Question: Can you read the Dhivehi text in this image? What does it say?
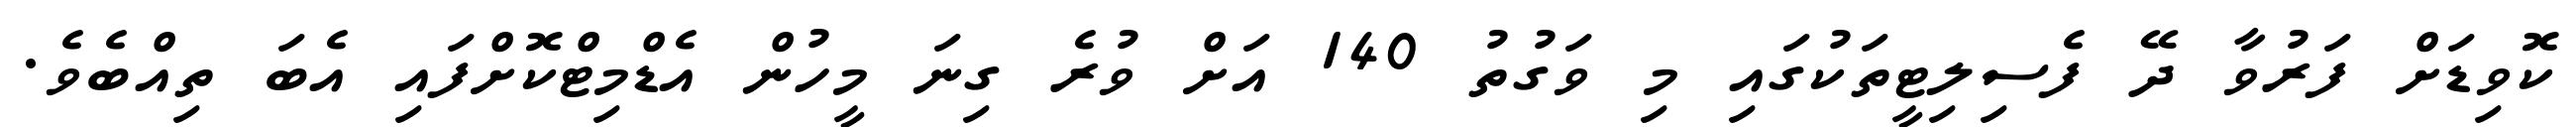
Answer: ކޮވިޑަށް ފަރުވާ ދޭ ފެސިލިޓީތަކުގައި މި ވަގުތު 140 އަށް ވުރެ ގިނަ މީހުން އެޑްމިޓްކޮށްފައި އެބަ ތިއްބެވެ.